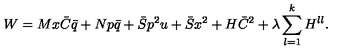
W = M x \bar { C } \bar { q } + N p \bar { q } + \bar { S } p ^ { 2 } u + \bar { S } x ^ { 2 } + H \bar { C } ^ { 2 } + \lambda \sum _ { l = 1 } ^ { k } H ^ { l l } .